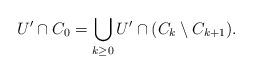
LaTeX: \begin{align*} U' \cap C_0 = \bigcup_{k\geq 0}U'\cap (C_k\setminus C_{k+1}) .\end{align*}